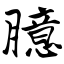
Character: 臆